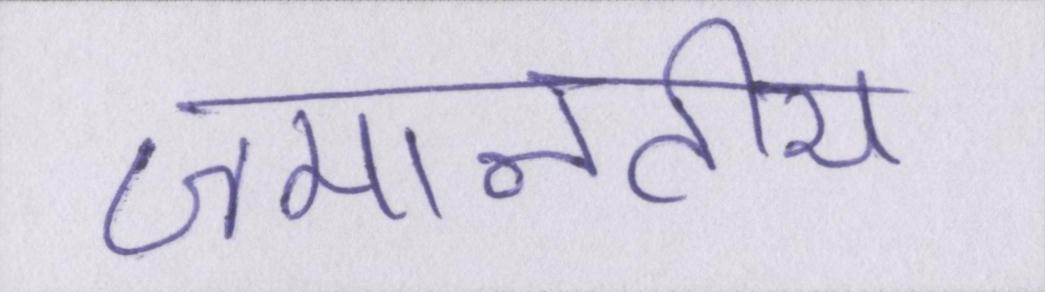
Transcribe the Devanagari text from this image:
जमानतीय